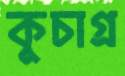
কুচাগ্র